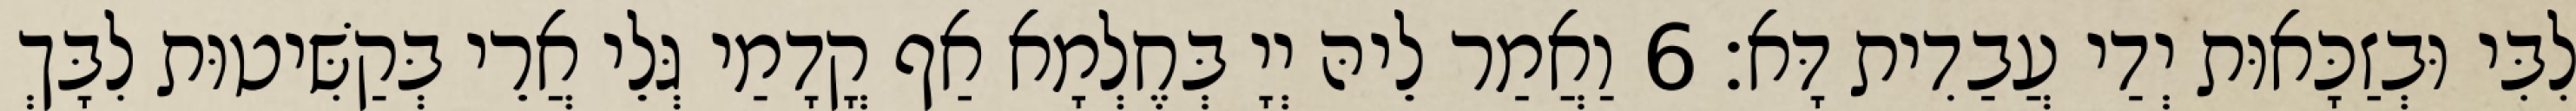
לִבִּי וּבְזַכָּאוּת יְדַי עֲבַדִית דָּא׃ 6 וַאֲמַר לֵיהּ יְיָ בְּחֶלְמָא אַף קֳדָמַי גְּלֵי אֲרֵי בְּקַשִּׁיטוּת לִבָּךְ